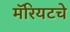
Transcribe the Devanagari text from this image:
मॅरियटचे